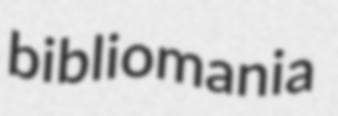
bibliomania